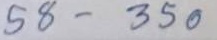
58 - 350